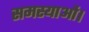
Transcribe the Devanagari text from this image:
समस्याओं।